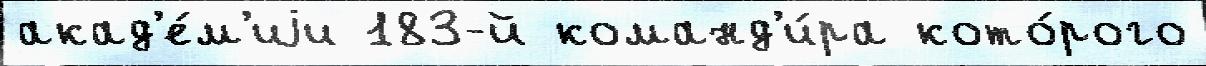
акад'е́м'иjи 183-й команд'и́ра кото́рого